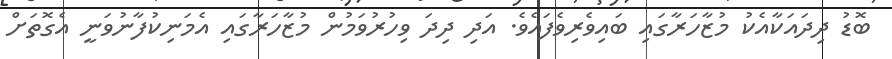
ބޮޑު ދިދައަކާއެކު މުޒާހަރާގައި ބައިވެރިވެފައެވެ. އަދި ދިދަ ވިހުރުވަމުން މުޒާހަރާގަައި އެމަނިކުފާނުވަނީ އެގޮތަށް